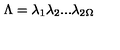
\Lambda = \lambda _ { 1 } \lambda _ { 2 } . . . \lambda _ { 2 \Omega }